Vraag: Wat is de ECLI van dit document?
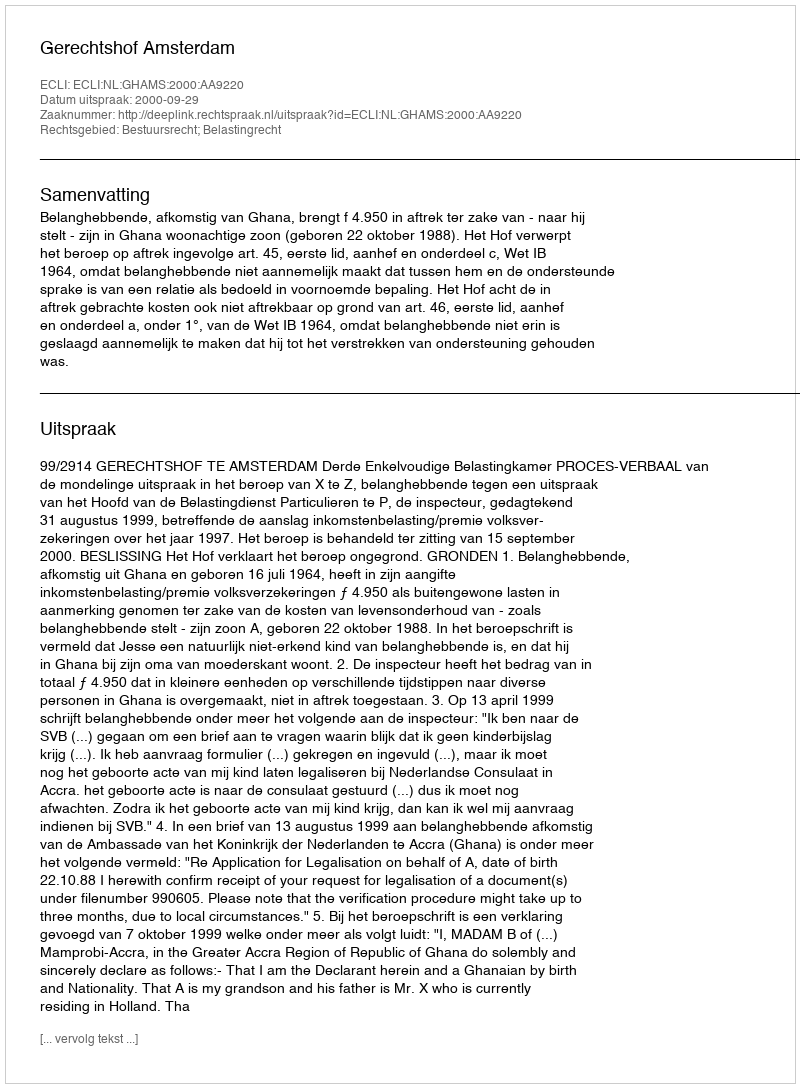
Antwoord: ECLI:NL:GHAMS:2000:AA9220